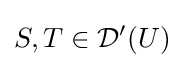
S,T\in {\mathcal {D}}'(U)